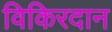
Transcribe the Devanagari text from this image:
विकिरदान